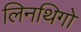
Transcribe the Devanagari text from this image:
लिनथिगो